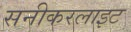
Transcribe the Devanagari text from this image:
सनीकरलाइट